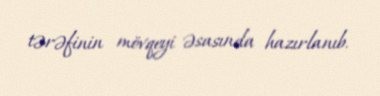
tərəfinin mövqeyi əsasında hazırlanıb.